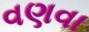
વણવા